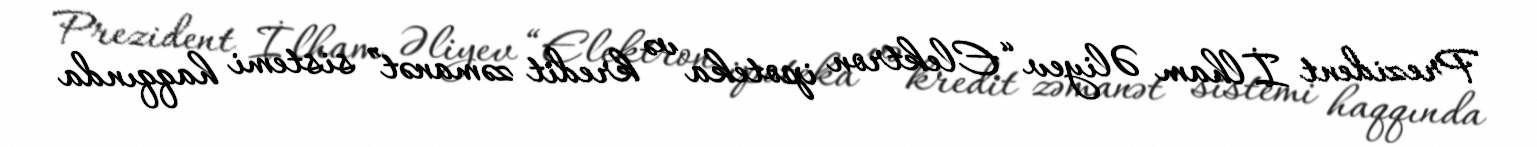
Prezident İlham Əliyev “Elektron ipoteka və kredit zəmanət” sistemi haqqında